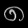
Digit: ၈